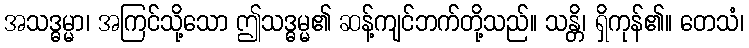
အသဒ္ဓမ္မာ၊ အကြင်သို့သော ဤသဒ္ဓမ္မ၏ ဆန့်ကျင်ဘက်တို့သည်။ သန္တိ၊ ရှိကုန်၏။ တေသံ၊